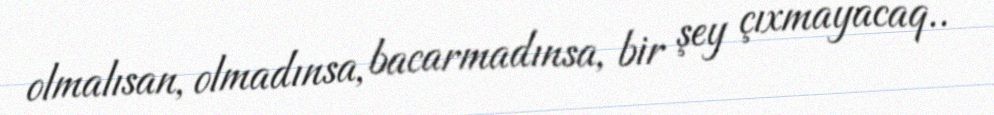
olmalısan, olmadınsa, bacarmadınsa, bir şey çıxmayacaq..